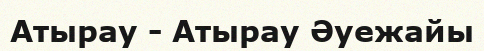
Атырау - Атырау Әуежайы